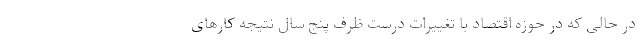
در حالی که در حوزه اقتصاد با تغییرات درست ظرف پنج سال نتیجه کار‌های